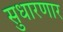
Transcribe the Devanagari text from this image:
सुधारणार